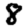
Digit: 8